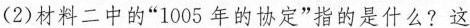
(2)材料二中的”1005年的协定”指的是什么?这